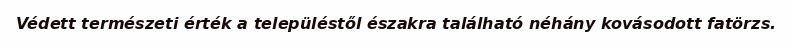
Védett természeti érték a településtől északra található néhány kovásodott fatörzs.